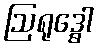
ဩရုဒ္ဓေါ